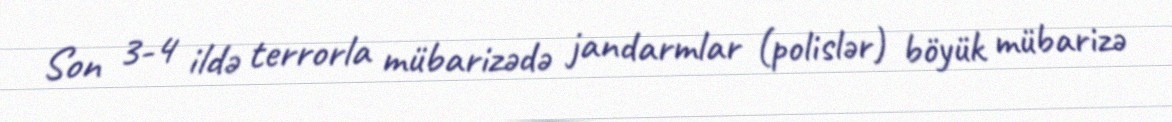
Son 3-4 ildə terrorla mübarizədə jandarmlar (polislər) böyük mübarizə